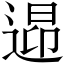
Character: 𲅠